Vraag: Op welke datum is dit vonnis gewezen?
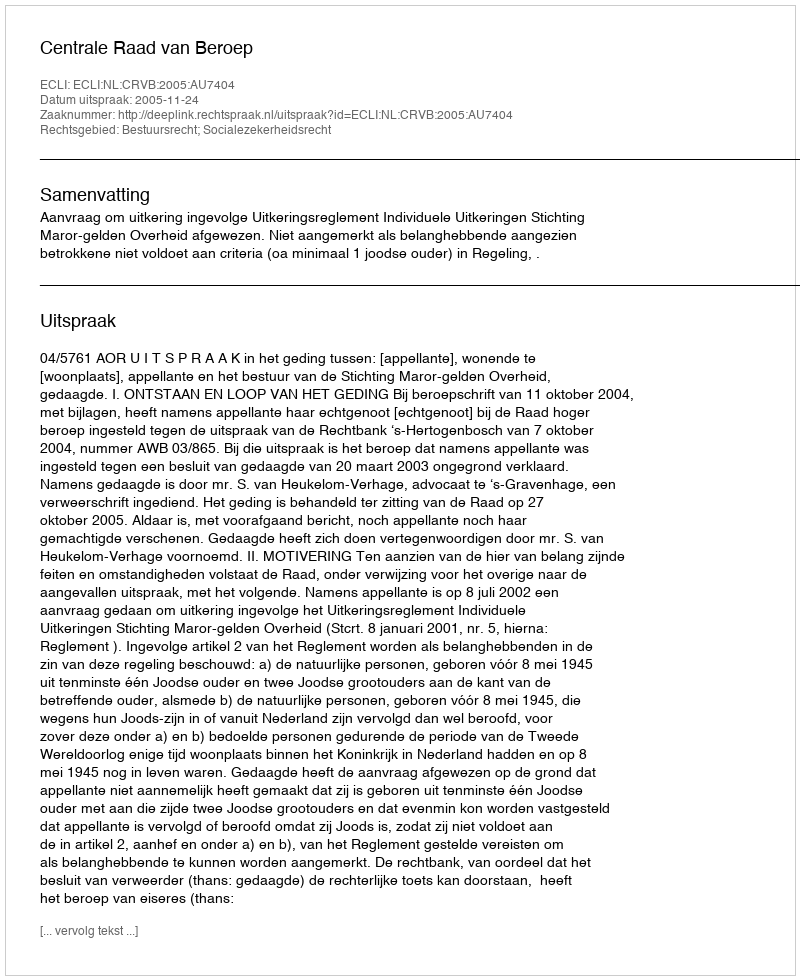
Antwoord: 2005-11-24